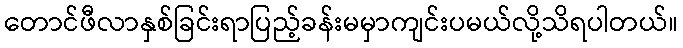
တောင်ဖီလာနှစ်ခြင်းရာပြည့်ခန်းမမှာကျင်းပမယ်လို့သိရပါတယ်။